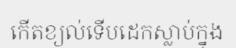
កើតខ្យល់ទើបដេកស្លាប់ក្នុង